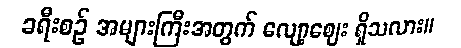
ခရီးစဉ် အများကြီးအတွက် လျော့ဈေး ရှိသလား။